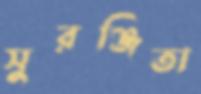
সুরঞ্জিতা